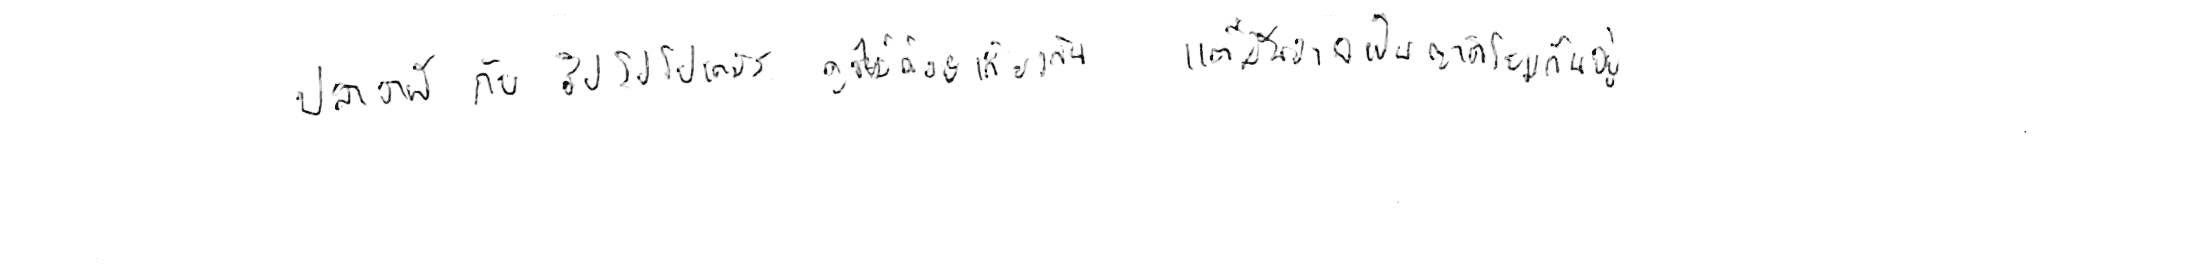
ปลาวาฬ กับ ฮิปโปโปเตมัส ดูจะไม่ค่อยเกี่ยวกัน แต่มันอาจเป็นญาติโยมกันอยู่